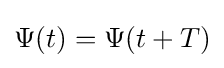
\Psi (t)=\Psi (t+T)